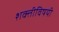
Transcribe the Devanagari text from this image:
शक्तीविषयी